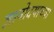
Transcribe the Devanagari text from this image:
ज्ञानोदयाच्या